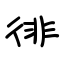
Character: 徘